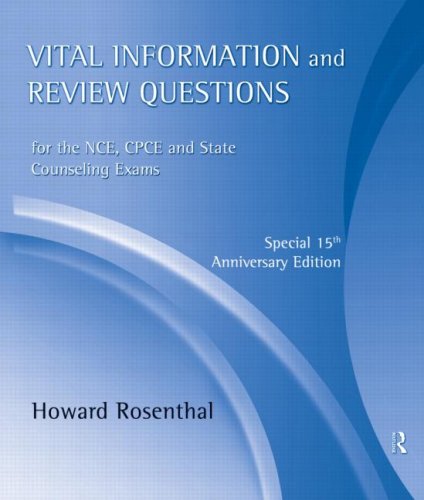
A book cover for Vital Information and Review Questions for the NCE, CPCE and State Counseling Exams: Special 15th Anniversary Edition; Howard Rosenthal; Test Preparation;